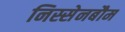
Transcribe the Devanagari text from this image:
निस्सेनबौम